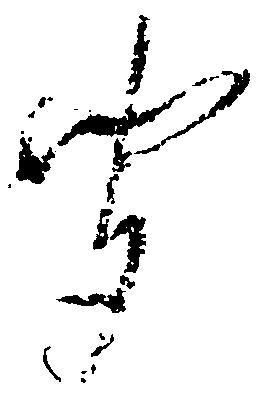
聞